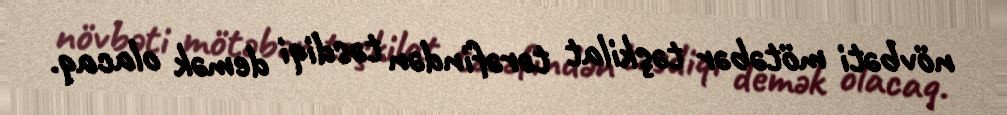
növbəti mötəbər təşkilat tərəfindən təsdiqi demək olacaq.